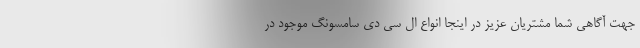
جهت آگاهی شما مشتریان عزیز در اینجا انواع ال سی دی سامسونگ موجود در